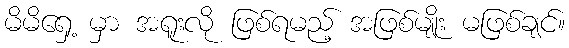
မိမိရှေ့ မှာ အရူးလို ဖြစ်ရမည့် အဖြစ်မျိုး မဖြစ်ချင်။